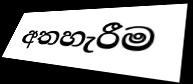
අතහැරීම